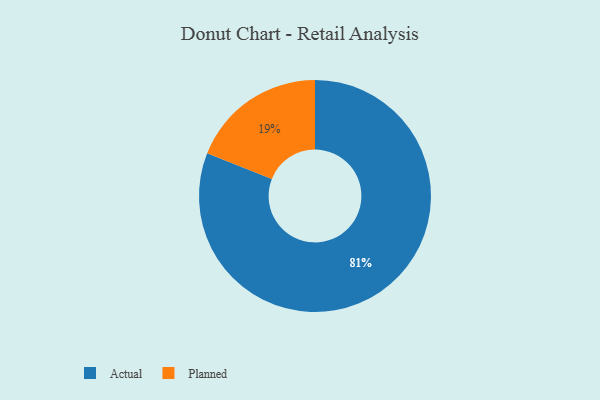
{"axis": {"x": "Category", "y": "Percentage"}, "legend": ["Actual", "Planned"], "data": [{"x": "Actual", "y": 81, "type": "Actual"}, {"x": "Planned", "y": 19, "type": "Planned"}]}